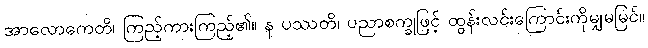
အာလောကေတိ၊ ကြည့်ကားကြည့်၏။ န ပဿတိ၊ ပညာစက္ခုဖြင့် ထွန်းလင်းကြောင်းကိုမျှမမြင်။